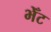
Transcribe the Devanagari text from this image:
भेँट